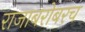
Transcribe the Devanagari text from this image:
राजाबरोबरच